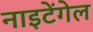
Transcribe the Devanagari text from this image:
नाइटेंगेल